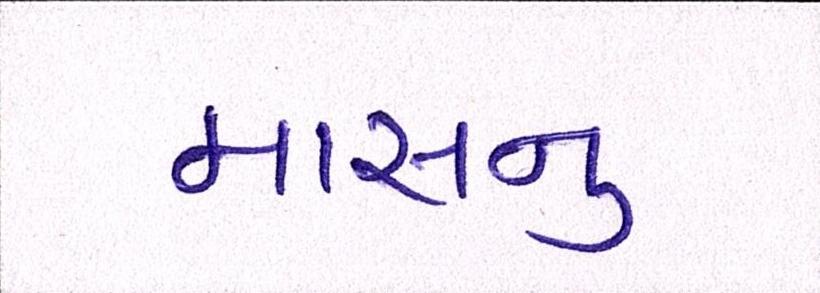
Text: માસનુ